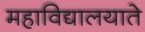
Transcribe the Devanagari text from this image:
महाविद्यालयाते